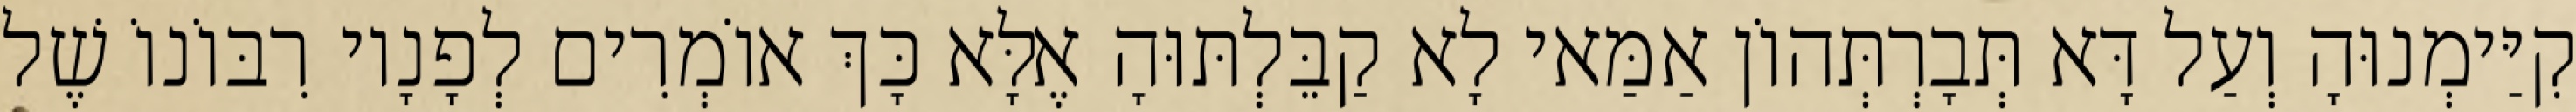
קִיַּימְנוּהָ וְעַל דָּא תְּבָרְתְּהוֹן אַמַּאי לָא קַבֵּלְתּוּהָ אֶלָּא כָּךְ אוֹמְרִים לְפָנָיו רִבּוֹנוֹ שֶׁל